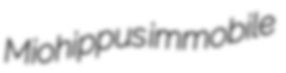
Miohippus immobile